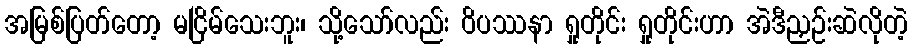
အမြစ်ပြတ်တော့ မငြိမ်သေးဘူး၊ သို့သော်လည်း ဝိပဿနာ ရှုတိုင်း ရှုတိုင်းဟာ အဲဒီညှဉ်းဆဲလိုတဲ့